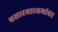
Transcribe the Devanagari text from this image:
प्रसारमाध्यमांवर